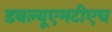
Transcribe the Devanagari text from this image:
डबल्यूएमटीएच